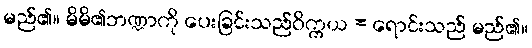
မည်၏။ မိမိ၏ဘဏ္ဍာကို ပေးခြင်းသည်ဝိက္ကယ = ရောင်းသည် မည်၏။